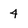
Character: 4